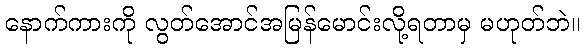
နောက်ကားကို လွတ်အောင်အမြန်မောင်းလို့ရတာမှ မဟုတ်ဘဲ။